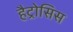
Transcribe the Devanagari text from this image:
हैट्रोसिस